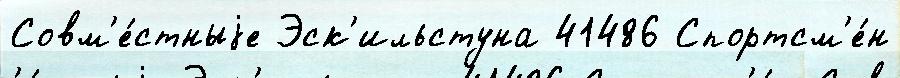
Совм'е́стныjе Эск'ильстуна 41486 Спортсм'е́н